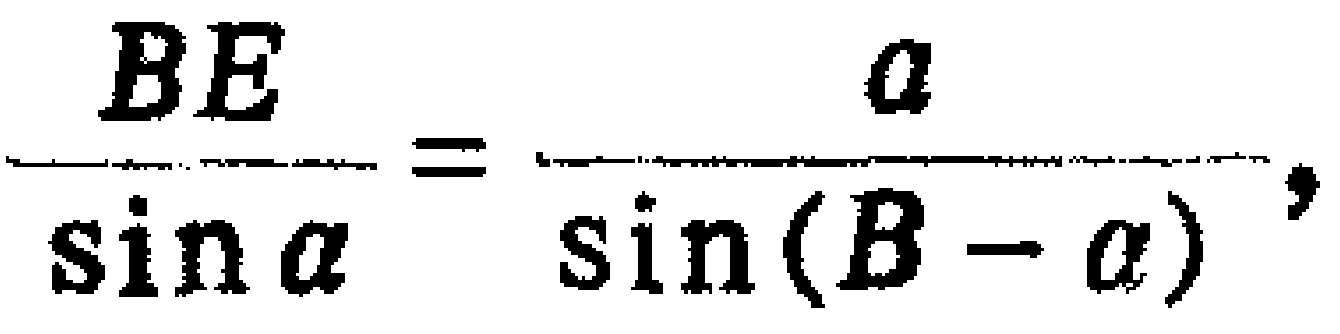
\[\frac{BE}{\sin \alpha}=\frac{a}{\sin (B - \alpha)},\]